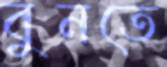
বুনতে